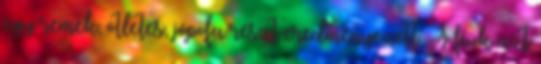
egy remek, ötletes, jópofa részt eredményezett. A fiúk azt